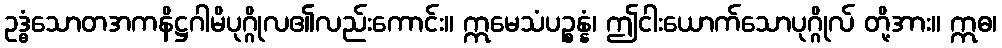
ဥဒ္ဓံသောတအကနိဋ္ဌဂါမိပုဂ္ဂိုလ၏လည်းကောင်း။ ဣမေသံပဉ္စန္နံ၊ ဤငါးယောက်သောပုဂ္ဂိုလ် တို့အား။ ဣဓ၊